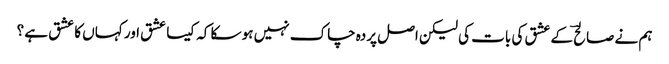
ہم نے صالحؔ کے عشق کی بات کی لیکن اصل پردہ چاک نہیں ہو سکا کہ کیسا عشق اور کہاں کا عشق ہے ؟